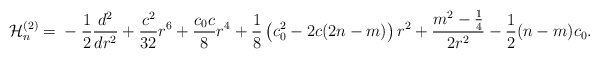
\begin{align*} {\cal H}_n^{(2)}={}-\frac 12\frac{d^2}{dr^2} + \frac{c^2}{32}r^6 + \frac{c_0c}8r^4 + \frac 18\left(c_0^2-2c(2n - m)\right)r^2 + \frac{m^2-\frac 14}{2r^2} -\frac 12(n-m)c_0.\end{align*}